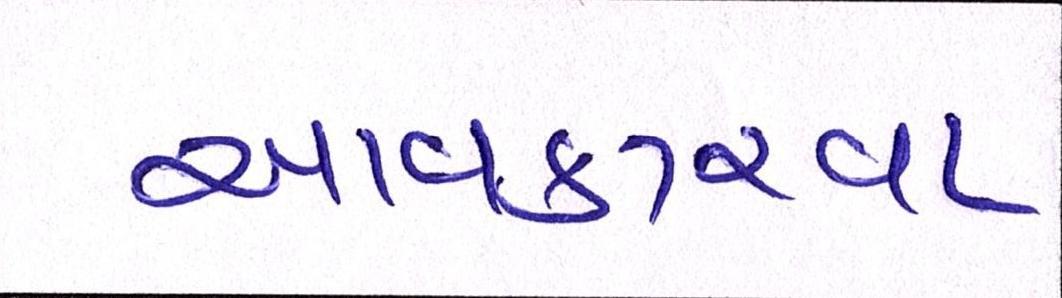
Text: આવકારવા